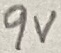
Text: 9V